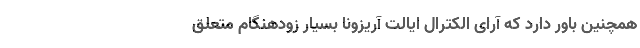
همچنین باور دارد که آرای الکترال ایالت آریزونا بسیار زودهنگام متعلق